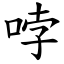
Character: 哱